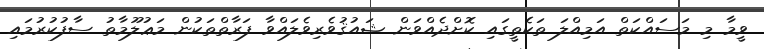
ވީމާ މި މަސައްކަތް އަމިއްލަ ތަކެތީގައި ކޮށްދެއްވަން ޝައުޤުވެރިވެލައްވާ ފަރާތްތަކުން މަޢުލޫމާތު ސާފުކުރުމައި